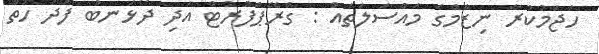
ހަޖަމުކުރާ ނިޒާމްގެ މައްސަލަތައް : ގްރޭޕްފުރުޓް އަދި ދޯޅަނބު ފަދަ ހުތް